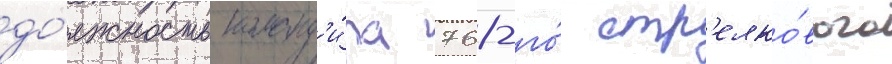
до́лжность команд'и́ра 768-го́ стр'елко́вого